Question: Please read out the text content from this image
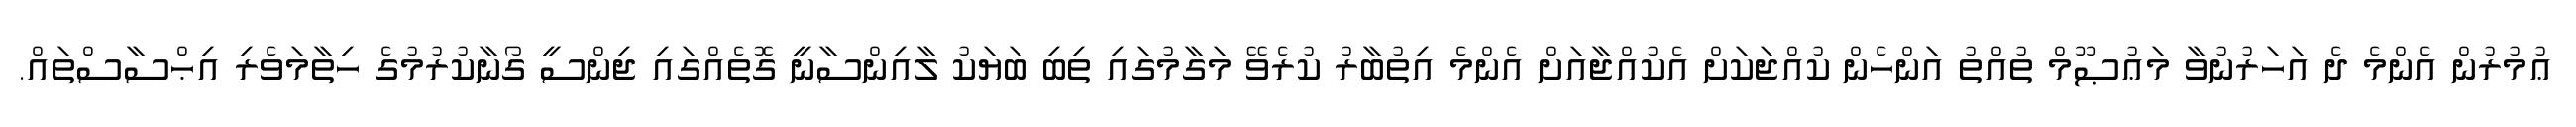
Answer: ޢުމުރުން އެންމެ ދެ އަހަރުނުވާ މަޢުޞޫމް ތުއްތު އަންހެން ކުއްޖަކަށް އެކުއްޖާއަށް އެންމެ އިތުބާރު ކުރެވޭ މަގާމުގައި ތިބި ބަޔަކު ލާއިންސާނީ ގޮތެއްގައި ޖިންސީ ގޯނާކުރުމުގެ ހިތާމަވެރި އިޙްސާސްތައް.